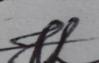
Signature authenticity: genuine